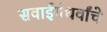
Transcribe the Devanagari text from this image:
सवाईगंधर्वांचे